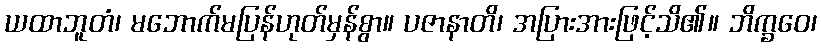
ယထာဘူတံ၊ မဘောက်မပြန်ဟုတ်မှန်စွာ။ ပဇာနာတိ၊ အပြားအားဖြင့်သိ၏။ ဘိက္ခဝေ၊